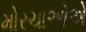
મોરચાઓએ